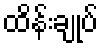
ထိန်းချုပ်